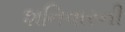
શનિવારની